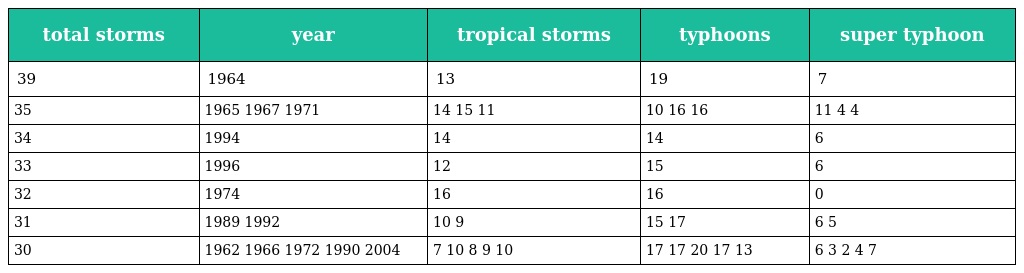
| total storms | year | tropical storms | typhoons | super typhoon |
 | --- | --- | --- | --- | --- |
 | 39 | 1964 | 13 | 19 | 7 |
 | 35 | 1965 1967 1971 | 14 15 11 | 10 16 16 | 11 4 4 |
 | 34 | 1994 | 14 | 14 | 6 |
 | 33 | 1996 | 12 | 15 | 6 |
 | 32 | 1974 | 16 | 16 | 0 |
 | 31 | 1989 1992 | 10 9 | 15 17 | 6 5 |
 | 30 | 1962 1966 1972 1990 2004 | 7 10 8 9 10 | 17 17 20 17 13 | 6 3 2 4 7 |